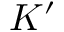
K ^ { \prime }